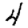
Digit: 4